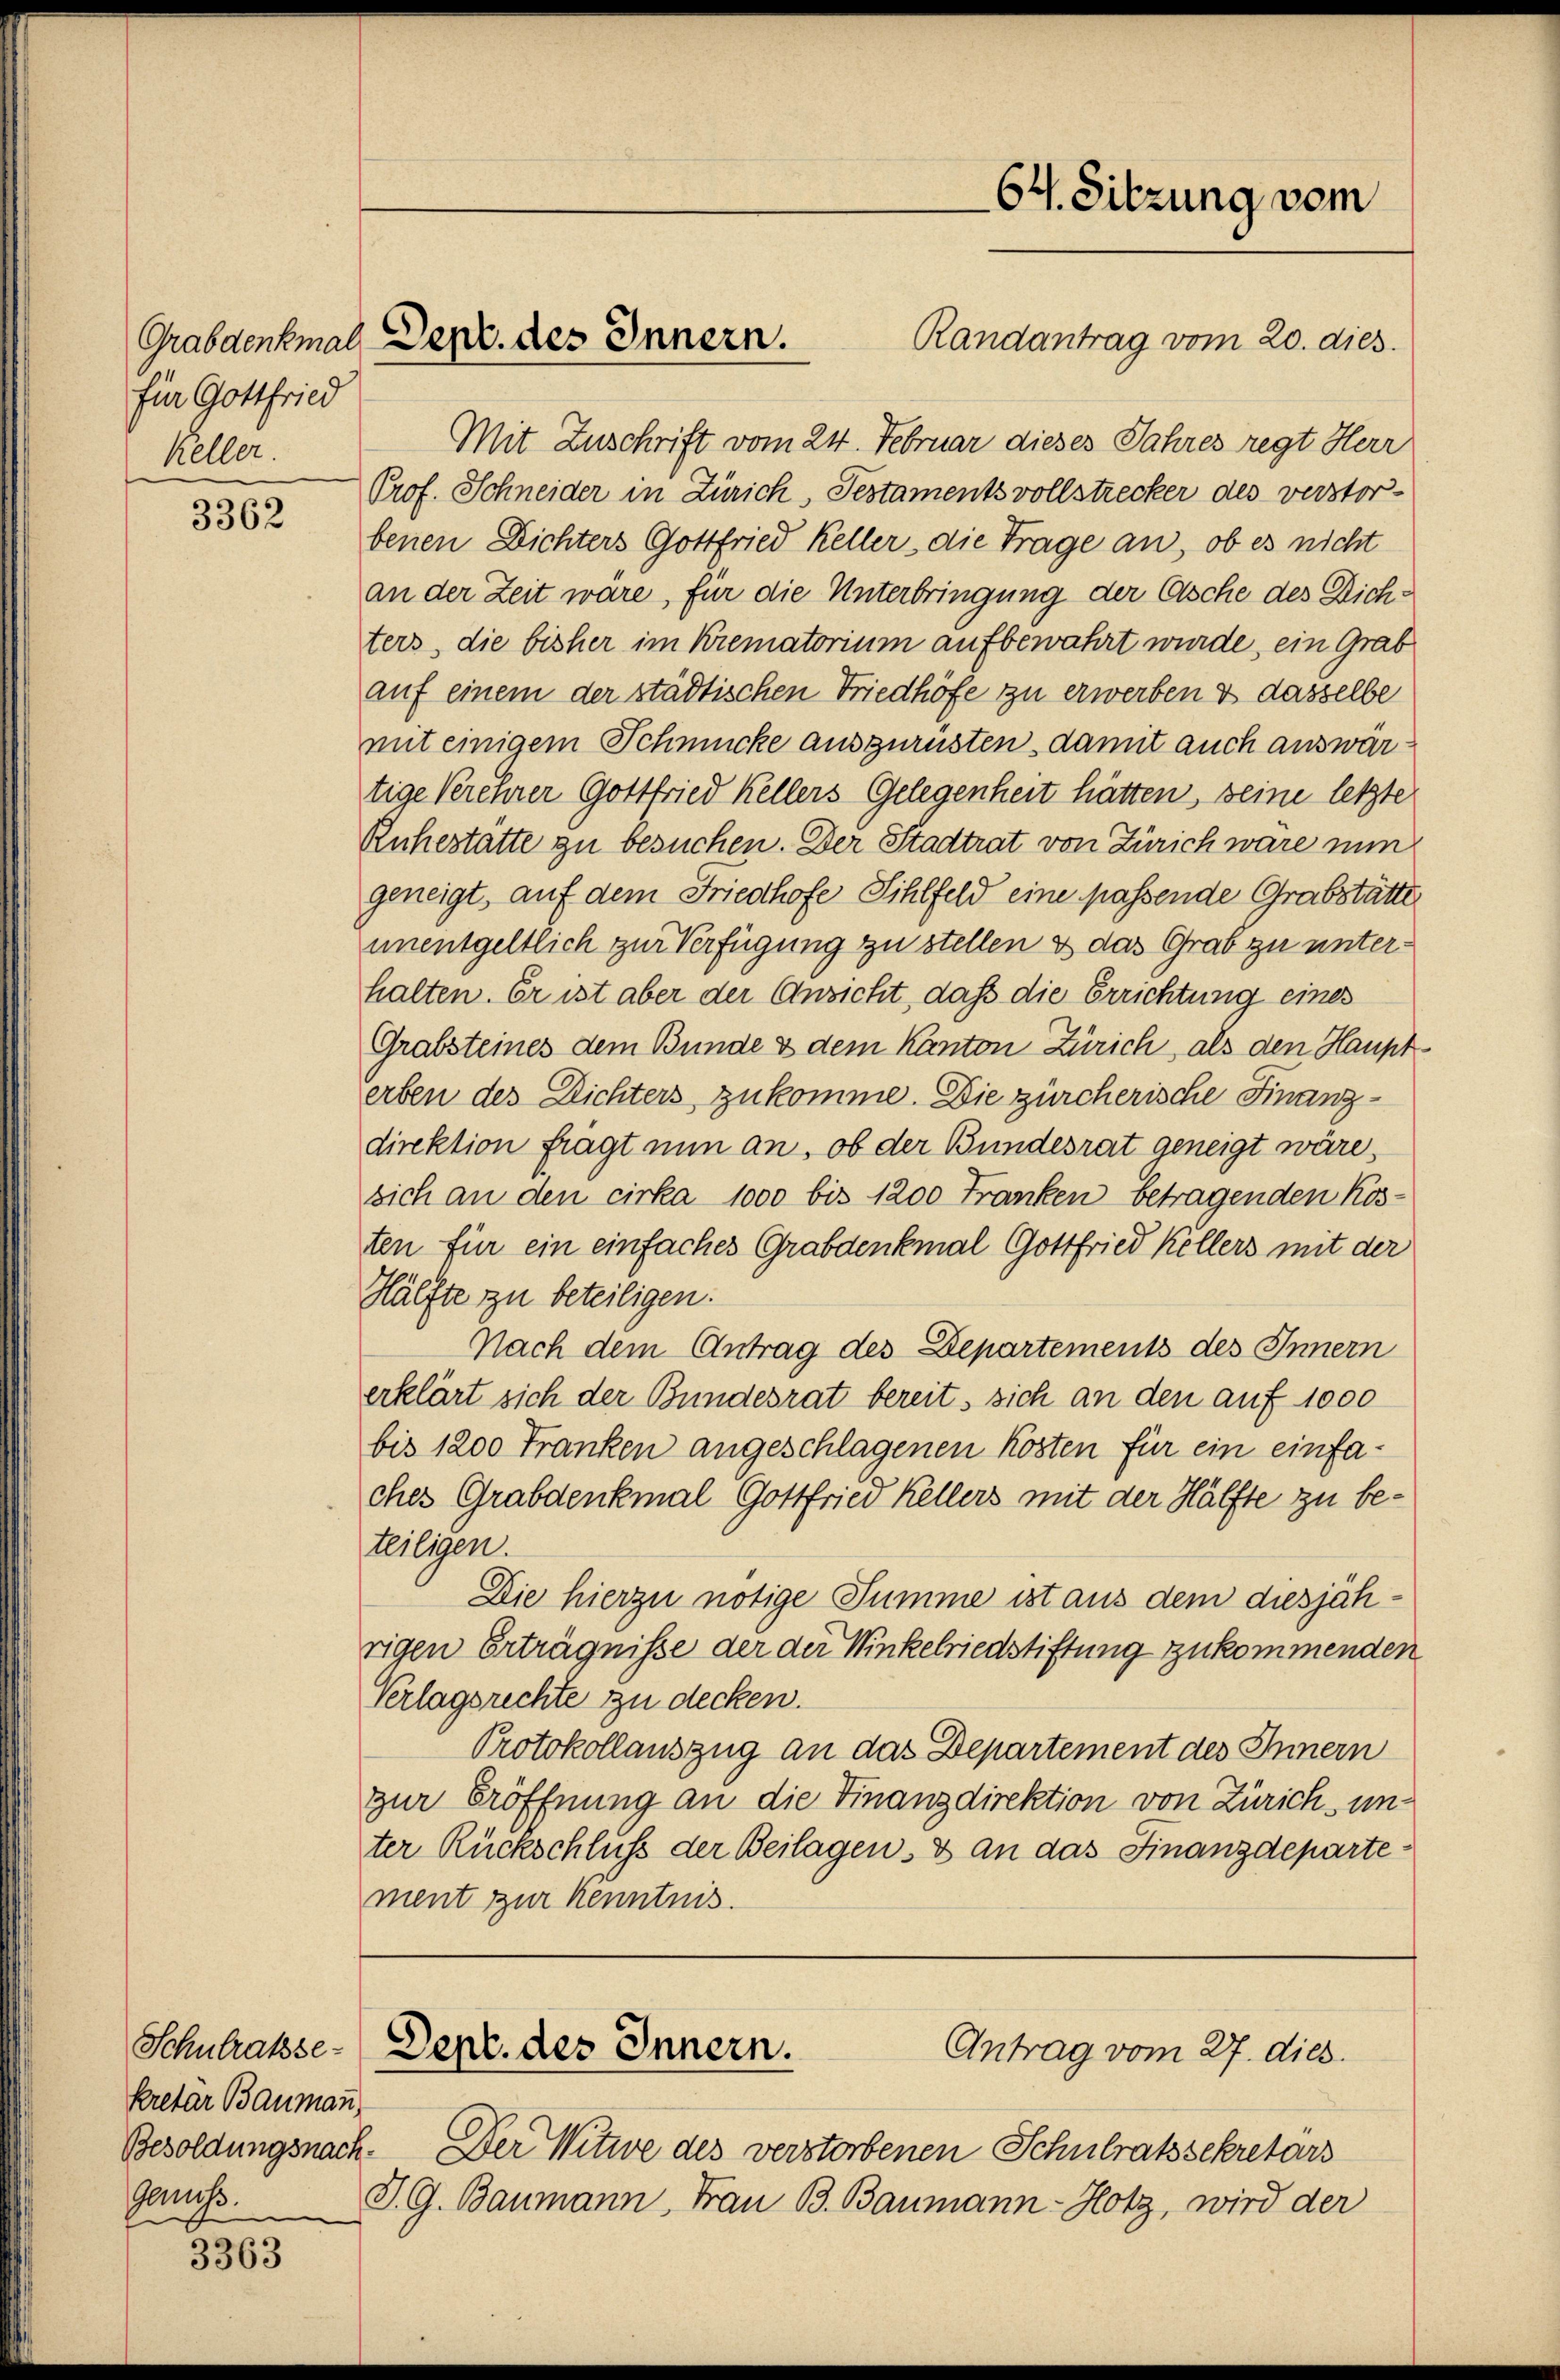
für Gottfried
Keller

3362

Schulratsekretar Baumann,
Genuss.

3363

Randantrag vom 20. dies
Mit Zuschrift vom 24. Februar dieses Jahres regt Herr
Prof. Schneider in Zürich, Testaments vollstrecker des verstorbenen Dichters Gottfried Keller, die Trage an, ob es nicht
an der Zeit wäre, für die Unterbringung der Asche des Dichters, die bisher im Krematorium aufbewahrt wurde, ein Grab
auf einem der städtischen Friedhöfe zu erwerben & dasselbe
mit einigem Schmücke auszurüsten, damit auch auswärtige Verehrer Gottfried Kellers Gelegenheit hätten, seine letzte
Ruhestätte zu besuchen. Der Stadtrat von Zürich wäre nun
geneigt, auf dem Friedhofe Sihlfeld eine passende Grabstätte
unentgeltlich zur Verfügung zu stellen & das Grab zu unterhalten. Er ist aber der Ansicht, daß die Errichtung eines
Grabsteines dem Bunde & dem Kanton Zürich, als den Haupterben des Dichters zukomme. Die zürcherische Finanzdirektion frägt nun an, ob der Bundesrat geneigt wäre,
sich an den cirka 1000 bis 1200 Franken betragenden Kosten für ein einfaches Grabdenkmal Gottfried Kellers mit der
Hälfte zu beteiligen.
Nach dem Antrag des Departements des Innern
erklärt sich der Bundesrat bereit, sich an den auf 1000
bis 1200 Franken angeschlagenen Kosten für ein einfaches Grabdenkmal Gottfried Kellers mit der Hälfte zu beteiligen.
Die hierzu nötige Summe ist aus dem diesjährigen Erträgnisse der der Winkelriedstiftung zukommenden
Verlagsrechte zu decken.
Protokollauszug an das Departement des Innern
zur Eröffnung an die Finanzdirektion von Zürich unter Rückschluß der Beilagen, & an das Finanzdepartement zur Kenntnis.

Grabdenkmal Dept. des Innern.

64. Sitzung vom

Dept. des Innern.
Antrag vom 27. dies.

Besoldungsnach. Der Witwe des verstorbenen Schulratssekretärs
J. G. Baumann, Frau B. Baumann-Hotz, wird der